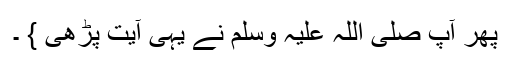
پھر آپ صلی اللہ علیہ وسلم نے یہی آیت پڑھی } ۔